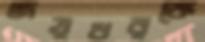
জয়ধরকে